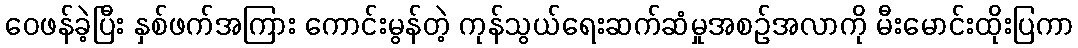
ဝေဖန်ခဲ့ပြီး နှစ်ဖက်အကြား ကောင်းမွန်တဲ့ ကုန်သွယ်ရေးဆက်ဆံမှုအစဉ်အလာကို မီးမောင်းထိုးပြကာ